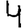
Digit: 4